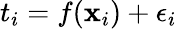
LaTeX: t_{i}=f(\mathbf{x}_{i})+\epsilon_{i}